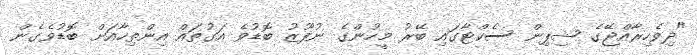
"ދިވެހިރާއްޖޭގެ ޝިޕިން ސެކްޓާގައި ބޭރު މީހުންގެ ނުފޫޒު ބޮޑުވެ އަގުތައް އިންތިހާއަށް ބޮޑުވެގެން